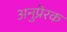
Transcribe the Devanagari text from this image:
अनुप्रेरक